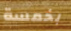
بخمسة